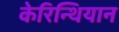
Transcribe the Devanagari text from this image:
केरिन्थियान